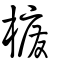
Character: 櫠